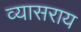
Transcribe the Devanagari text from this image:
व्यासराय